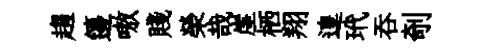
趨籩嗷賤榮哉崖栖翔遑玳呑剞